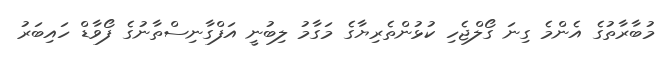
މުބާރާތުގެ އެންމެ ގިނަ ގޯލްޖެހި ކުޅުންތެރިޔާގެ މަގާމު ލިބުނީ އަފްގާނިސްތާނުގެ ފޯވާޑް ހައިބަރު